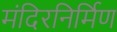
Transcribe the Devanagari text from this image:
मंदिरनिर्मिण